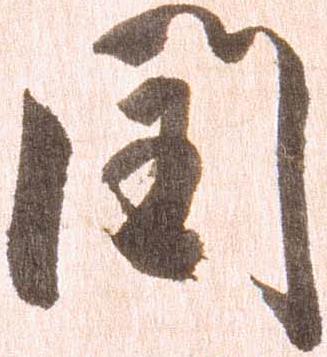
閏